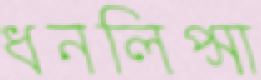
ধনলিপ্সা